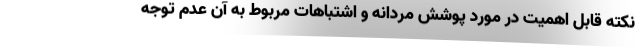
نکته قابل اهمیت در مورد پوشش مردانه و اشتباهات مربوط به آن عدم توجه